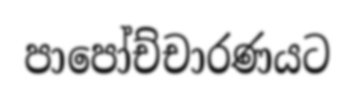
පාපෝච්චාරණයට